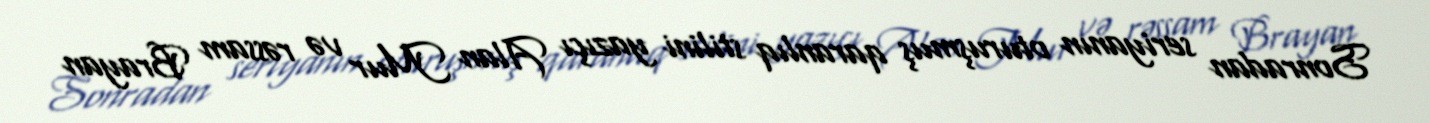
Sonradan seriyanın oturuşmuş qaranlıq stilini yazıçı Alan Mur və rəssam Brayan